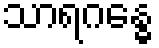
သာရဂန္ဓေ